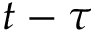
t - \tau